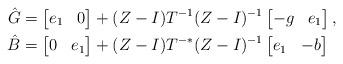
LaTeX: \begin{align*} \hat{G} & = \begin{bmatrix} e_1 & 0 \end{bmatrix} + (Z-I) T^{-1} (Z-I)^{-1} \begin{bmatrix} -g & e_1 \end{bmatrix},\\ \hat{B} & = \begin{bmatrix} 0 & e_1 \end{bmatrix} + (Z-I) T^{-*} (Z-I)^{-1} \begin{bmatrix} e_1& -b \end{bmatrix}\end{align*}